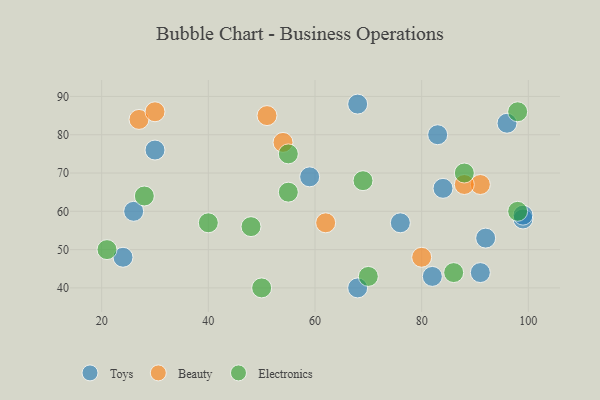
{"axis": {"x": "GDP", "y": "Life Expectancy"}, "legend": ["Beauty", "Electronics", "Toys"], "data": [{"x": "92", "y": 53, "type": "Toys"}, {"x": "84", "y": 66, "type": "Toys"}, {"x": "24", "y": 48, "type": "Toys"}, {"x": "99", "y": 58, "type": "Toys"}, {"x": "96", "y": 83, "type": "Toys"}, {"x": "99", "y": 59, "type": "Toys"}, {"x": "26", "y": 60, "type": "Toys"}, {"x": "82", "y": 43, "type": "Toys"}, {"x": "68", "y": 40, "type": "Toys"}, {"x": "91", "y": 44, "type": "Toys"}, {"x": "59", "y": 69, "type": "Toys"}, {"x": "76", "y": 57, "type": "Toys"}, {"x": "30", "y": 76, "type": "Toys"}, {"x": "68", "y": 88, "type": "Toys"}, {"x": "83", "y": 80, "type": "Toys"}, {"x": "91", "y": 67, "type": "Beauty"}, {"x": "62", "y": 57, "type": "Beauty"}, {"x": "27", "y": 84, "type": "Beauty"}, {"x": "80", "y": 48, "type": "Beauty"}, {"x": "54", "y": 78, "type": "Beauty"}, {"x": "51", "y": 85, "type": "Beauty"}, {"x": "30", "y": 86, "type": "Beauty"}, {"x": "88", "y": 67, "type": "Beauty"}, {"x": "21", "y": 50, "type": "Electronics"}, {"x": "55", "y": 65, "type": "Electronics"}, {"x": "98", "y": 86, "type": "Electronics"}, {"x": "70", "y": 43, "type": "Electronics"}, {"x": "40", "y": 57, "type": "Electronics"}, {"x": "98", "y": 60, "type": "Electronics"}, {"x": "55", "y": 75, "type": "Electronics"}, {"x": "28", "y": 64, "type": "Electronics"}, {"x": "48", "y": 56, "type": "Electronics"}, {"x": "69", "y": 68, "type": "Electronics"}, {"x": "88", "y": 70, "type": "Electronics"}, {"x": "86", "y": 44, "type": "Electronics"}, {"x": "50", "y": 40, "type": "Electronics"}]}